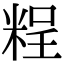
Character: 𥺆